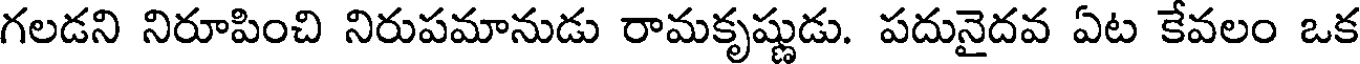
గలడని నిరూపించి నిరుపమానుడు రామకృష్ణుడు. పదునైదవ ఏట కేవలం ఒక